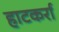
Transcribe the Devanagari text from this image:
हाटकर्रा